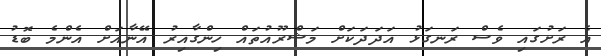
އެ ރަށުގައި ވެސް ރަނގަޅު އަދަދަކަށް މަޝްރޫއުތައް ހިންގާއިރު އޭނާއަށް އެންމެ ބޮޑު